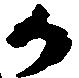
か